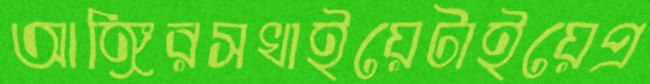
আঙ্গিরসখাইয়েটাইয়েপ্র